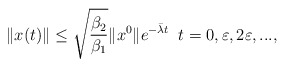
\begin{align*}\|x(t)\|\le \sqrt{\frac{\beta_2}{\beta_1}}\|x^0\|e^{-\bar\lambda t} \;\; t=0,\varepsilon, 2\varepsilon, ... ,\end{align*}